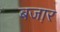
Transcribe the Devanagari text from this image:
बजा़र